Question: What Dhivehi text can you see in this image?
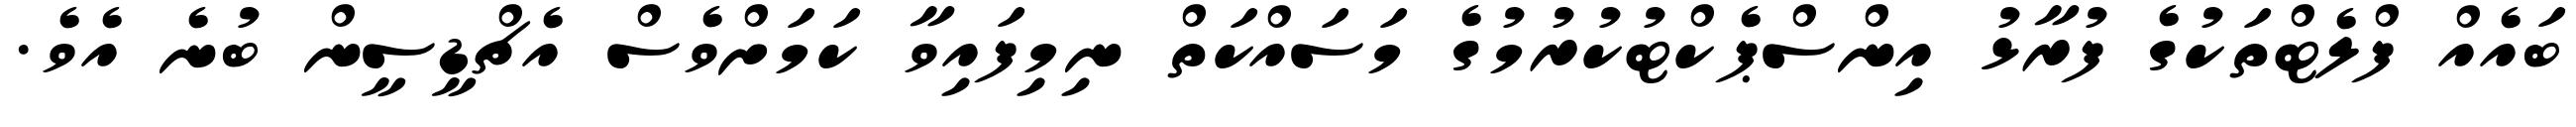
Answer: ބައެއް ފްލެޓްތަކުގެ ފުރާޅު އިންސްޕެކްޓުކުރުމުގެ މަސައްކަތް ނިމިފައިވާ ކަމަށްވެސް އެޗްޑީސީން ބުނެ އެވެ.